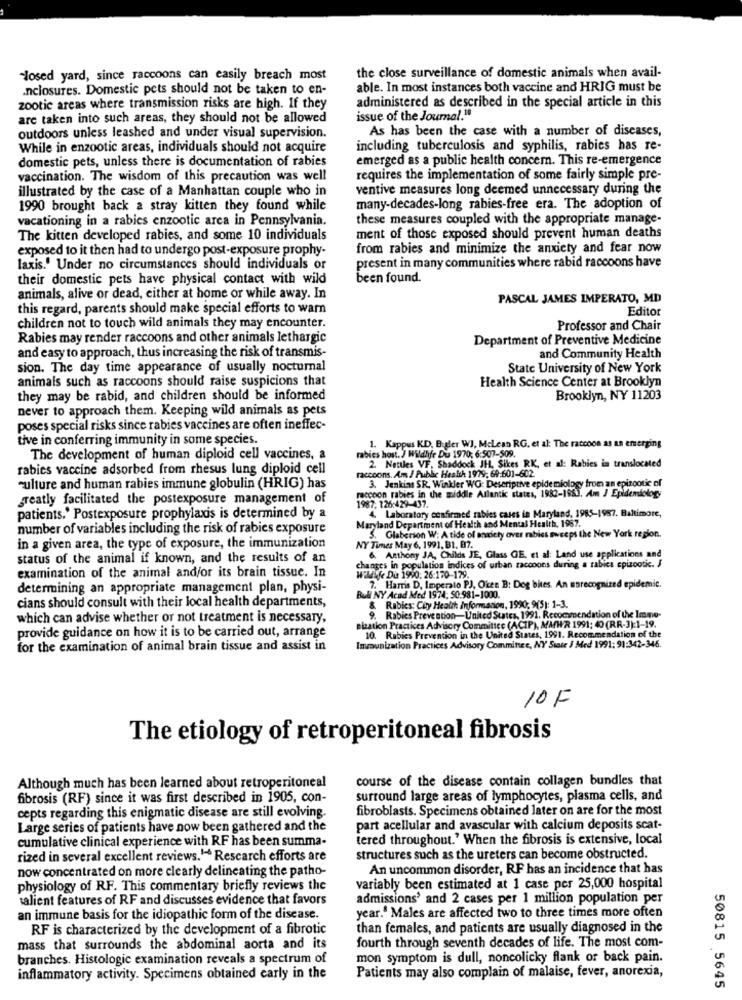
the close surveillance of domestic animals when avail-
"losed yard, since raccoons can easily breach most
.nclosures. Domestic pets should not be taken to en-
able. In most instances both vaccine and HRIG must be
zootic areas where transmission risks are high. If they
administered as described in the special article in this
are taken into such areas, they should not be allowed
issue of the Journal."
As has been the case with a number of diseases,
outdoors unless leashed and under visual supervision.
While in enzootic areas, individuals should not acquire
including tuberculosis and syphilis, rabies has re-
domestic pets, unless there is documentation of rabies
emerged as a public health concern. This re-emergence
vaccination. The wisdom of this precaution was well
requires the implementation of some fairly simple pre-
illustrated by the case of a Manhattan couple who in
ventive measures long deemed unnecessary during the
1990 brought back a stray kitten they found while
many-decades-long rabies-free era. The adoption of
vacationing in a rabies enzootic arca in Pennsylvania.
these measures coupled with the appropriate manage-
The kitten developed rabies, and some 10 individuals
ment of those exposed should prevent human deaths
exposed to it then had to undergo post-exposure prophy-
from rabies and minimize the anxiety and fear now
present in many communities where rabid raccoons have
laxis.' Under no circumstances should individuals or
their domestic pets have physical contact with wild
been found.
animals, alive or dead, either at home or while away. In
PASCAL JAMES IMPERATO, MD
this regard, parents should make special efforts to warn
Editor
children not to touch wild animals they may encounter.
Professor and Chair
Rabies may render raccoons and other animals lethargic
Department of Preventive Medicine
and easy to approach, thus increasing the risk of transmis-
and Community Health
sion. The day time appearance of usually nocturnal
State University of New York
animals such as raccoons should raise suspicions that
Health Science Center at Brooklyn
they may be rabid, and children should be informed
Brooklyn, NY 11203
never to approach them. Keeping wild animals as pets
poses special risks since rabies vaccines are often ineffec-
tive in conferring immunity in some species.
1. Kappus KD, Butler WJ. Mclean RG, et al: The raccoon as an emerging
The development of human diploid cell vaccines, a
rabies host. ] Wildlife Du 1970: 6:507-509.
2. Nettles VF. Shaddock JH, Sikes RK, et al: Rabies in translocated
rabies vaccine adsorbed from rhesus lung diploid cell
raccoons. Am J Public Health 1979, 69-601-602.
culture and human rabies immune globulin (HRIG) has
raccoon rabies in the middle Atlantic states, 1982-1983. Am J Epidemiology
3. Jenkins SR. Winkler WG: Descriptive epidemiology from an epizootic of
greatly facilitated the postexposure management of
1987, 126:429-437.
4. Laboratory confirmed rabies cases in Maryland, 1985-1987. Baltimore,
patients.' Postexposure prophylaxis is determined by a
Maryland Department of Health and Mental Health, 1987.
number of variables including the risk of rabies exposure
5. Glaberson W: A tide of anaiety over rabies sweeps the New York region.
in a given area, the type of exposure, the immunization
NY Times May 6, 1991, B1, B7.
6. Anthony JA, Childs JE, Glass GE, et al: Land use applications and
status of the animal if known, and the results of an
changes in population indices of urban raccoons during a rabies epizootk. J
examination of the animal and/or its brain tissue. In
wildlife Du 1990: 26:170-179.
determining an appropriate management plan, physi-
7. Harris D, Imperato PJ, Oken B: Dog bites. An unrecognized epidemic.
Bull NY Acad Med 1974: 50.981-1000.
cians should consult with their local health departments,
& Rabies: City Health Information, 1990; 9(5): 1-3.
which can advise whether or not treatment is necessary,
9. Rabies Prevention-United States, 1991. Recommendation of the Imme-
elation Practices Advisory Committee (ACIP), MAWR 1991: 40 (RR-3):1-19.
provide guidance on how it is to be carried out, arrange
10. Rabies Prevention in the United States, 1991. Recommendation of the
for the examination of animal brain tissue and assist in
Immunization Practices Advisory Committee, NY State J Med 1991: 91:342-346.
10 F
The etiology of retroperitoneal fibrosis
course of the disease contain collagen bundles that
Although much has been learned about retroperitoneal
fibrosis (RF) since it was first described in 1905, con-
surround large areas of lymphocytes, plasma cells, and
cepts regarding this enigmatic disease are still evolving.
fibroblasts. Specimens obtained later on are for the most
Large series of patients have now been gathered and the
part acellular and avascular with calcium deposits scat-
cumulative clinical experience with RF has been summa-
tered throughout." When the fibrosis is extensive, local
rized in several excellent reviews.1- Rescarch efforts are
structures such as the ureters can become obstructed.
now concentrated on more clearly delineating the patho-
An uncommon disorder, RF has an incidence that has
physiology of RF. This commentary briefly reviews the
variably been estimated at 1 case per 25,000 hospital
salient features of RF and discusses evidence that favors
admissions' and 2 cases per 1 million population per
an immune basis for the idiopathic form of the disease.
year.' Males are affected two to three times more often
RF is characterized by the development of a fibrotic
than females, and patients are usually diagnosed in the
mass that surrounds the abdominal aorta and its
fourth through seventh decades of life. The most com-
branches. Histologic examination reveals a spectrum of
mon symptom is dull, noncolicky flank or back pain.
inflammatory activity. Specimens obtained carly in the
Patients may also complain of malaise, fever, anorexia,
50815 5645